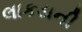
લાકડાની